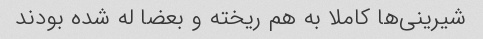
شیرینی‌ها کاملا به هم ریخته و بعضا له شده بودند